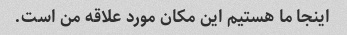
اینجا ما هستیم این مکان مورد علاقه من است.